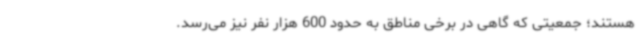
هستند؛ جمعیتی که گاهی در برخی مناطق به حدود 600 هزار نفر نیز می‌رسد.